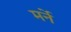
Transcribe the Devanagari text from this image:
मर्ने